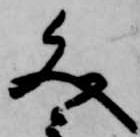
文